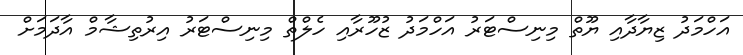
އަހްމަދު ޒިޔާދާއި ޔޫތް މިނިސްޓަރު އަހްމަދު ޒުހޫރާއި ހެލްތް މިނިސްޓަރު އިރުތިޝާމް އާދަމަށް